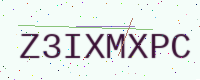
Text: Z3IXMXPC